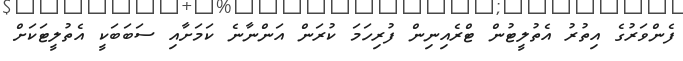
ފެންވަރުގެ އިތުރު އެތުލީޓުން ޓްރެއިނިން ފުރިހަމަ ކުރަން އަންނާނެ ކަމަށާއި ސަބަބަކީ އެތުލީޓަކަށް